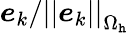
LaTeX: \boldsymbol{e}_{k}/\left|\left|\boldsymbol{e}_{k}\right|\right|_{\Omega_{\mathtt{h}}}